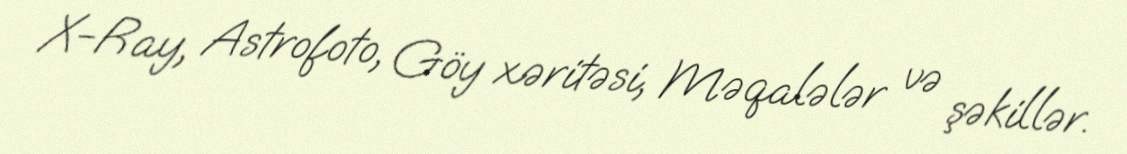
X-Ray, Astrofoto, Göy xəritəsi, Məqalələr və şəkillər.